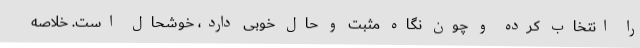
را انتخاب کرده و چون نگاه مثبت و حال خوبی دارد، خوشحال است. خلاصه